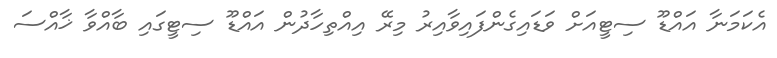
އެކަމަނާ އައްޑޫ ސިޓީއަށް ވަޑައިގެންފައިވާއިރު މިރޭ އިއްތިހާދުން އައްޑޫ ސިޓީގައި ބާއްވާ ޚާއްސަ